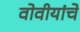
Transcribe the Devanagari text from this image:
वोवीयांचे